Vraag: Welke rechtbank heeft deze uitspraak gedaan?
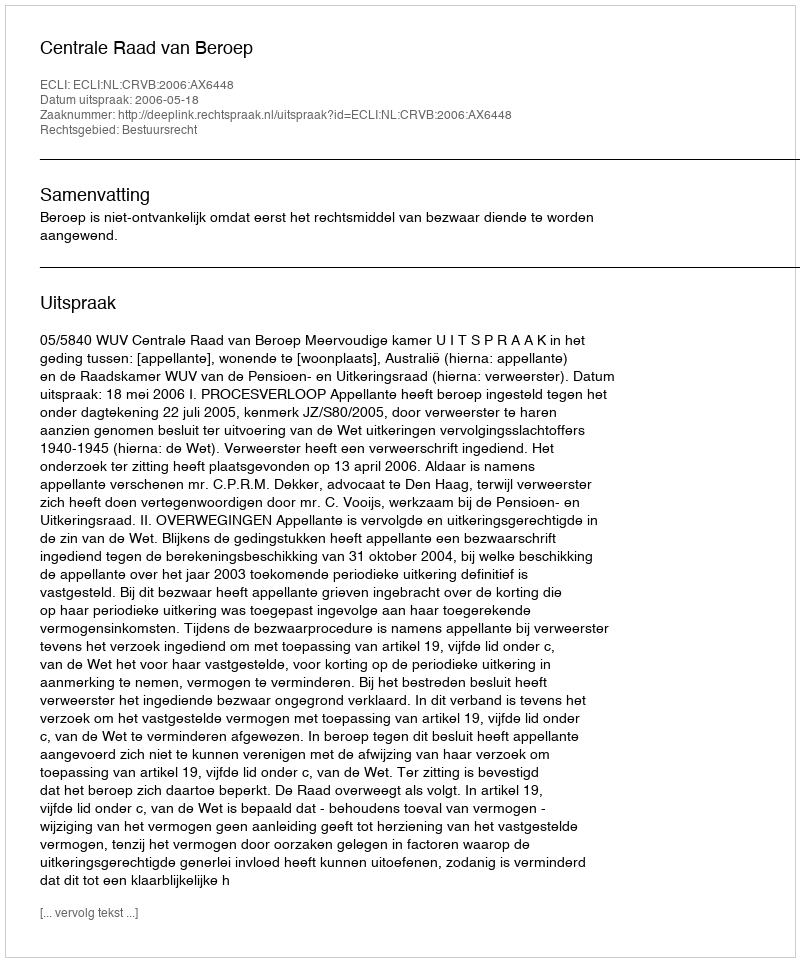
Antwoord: Centrale Raad van Beroep